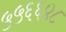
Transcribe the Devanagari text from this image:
५५६६४८